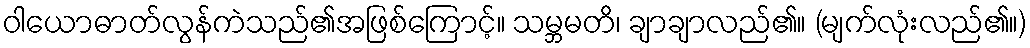
ဝါယောဓာတ်လွန်ကဲသည်၏အဖြစ်ကြောင့်။ သမ္ဘမတိ၊ ချာချာလည်၏။ (မျက်လုံးလည်၏။)